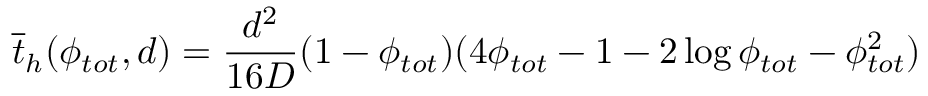
\overline { { t } } _ { h } ( \phi _ { t o t } , d ) = \frac { d ^ { 2 } } { 1 6 D } ( 1 - \phi _ { t o t } ) ( 4 \phi _ { t o t } - 1 - 2 \log \phi _ { t o t } - \phi _ { t o t } ^ { 2 } )